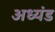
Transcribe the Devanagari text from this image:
अध्यंड